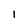
Character: I